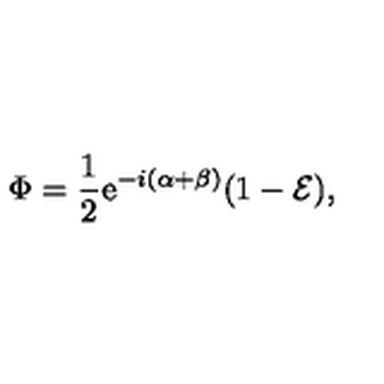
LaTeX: \Phi = \frac { 1 } { 2 } \mathrm { e } ^ { - i ( \alpha + \beta ) } ( 1 - { \cal E } ) ,